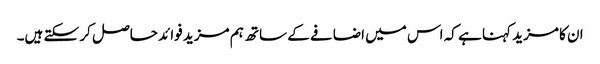
ان کا مزید کہنا ہے کہ اس میں اضافے کے ساتھ ہم مزید فوائد حاصل کر سکتے ہیں۔